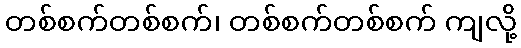
တစ်စက်တစ်စက်၊ တစ်စက်တစ်စက် ကျလို့